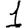
Digit: 1